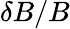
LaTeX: \delta B/B